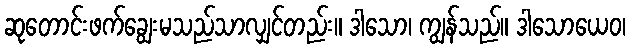
ဆုတောင်းဖက်ချွေးမသည်သာလျှင်တည်း။ ဒါသော၊ ကျွန်သည်။ ဒါသောယေဝ၊